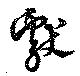
献